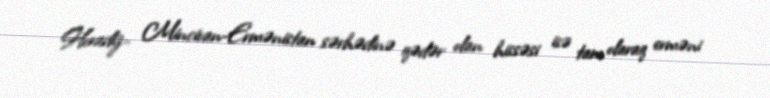
Horadiz- Mincivan-Ermənistan sərhədinə qədər olan hissəsi isə tam olaraq erməni